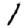
Digit: 1